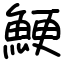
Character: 鯁